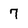
Character: 7